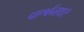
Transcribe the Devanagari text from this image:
पार्श्वनाथ।